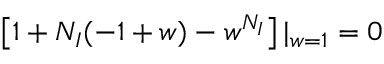
\left[ 1 + N _ { I } ( - 1 + w ) - w ^ { N _ { I } } \right] | _ { w = 1 } = 0